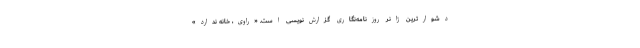
دشوارترین ژانر روزنامه‌نگاری گزارش‌نویسی است. «راوی، خانه ندارد»